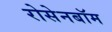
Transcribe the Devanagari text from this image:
रोसेनबॉम